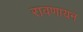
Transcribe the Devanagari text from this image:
रावणायन